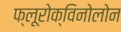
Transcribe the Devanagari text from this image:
फ्लूरोक्विनोलोन